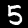
Digit: 5